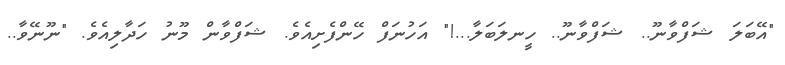
"އޭބަލަ ޝަފްވާނޫ.. ޝަފްވާނޫ.. ހީނލަބަލާ...!" އަހުނަފް ހޭންފެށިއެވެ. ޝަފްވާން މޫނު ހަދާލިއެވެ. "ނޫނޭވާ..